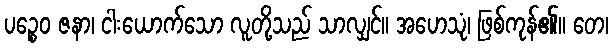
ပဉ္စေဝ ဇနာ၊ ငါးယောက်သော လူတို့သည် သာလျှင်။ အဟေသုံ၊ ဖြစ်ကုန်၏။ တေ၊